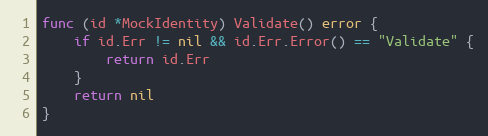
Language: Go
func (id *MockIdentity) Validate() error {
	if id.Err != nil && id.Err.Error() == "Validate" {
		return id.Err
	}
	return nil
}